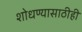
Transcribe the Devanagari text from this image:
शोधण्यासाठीही